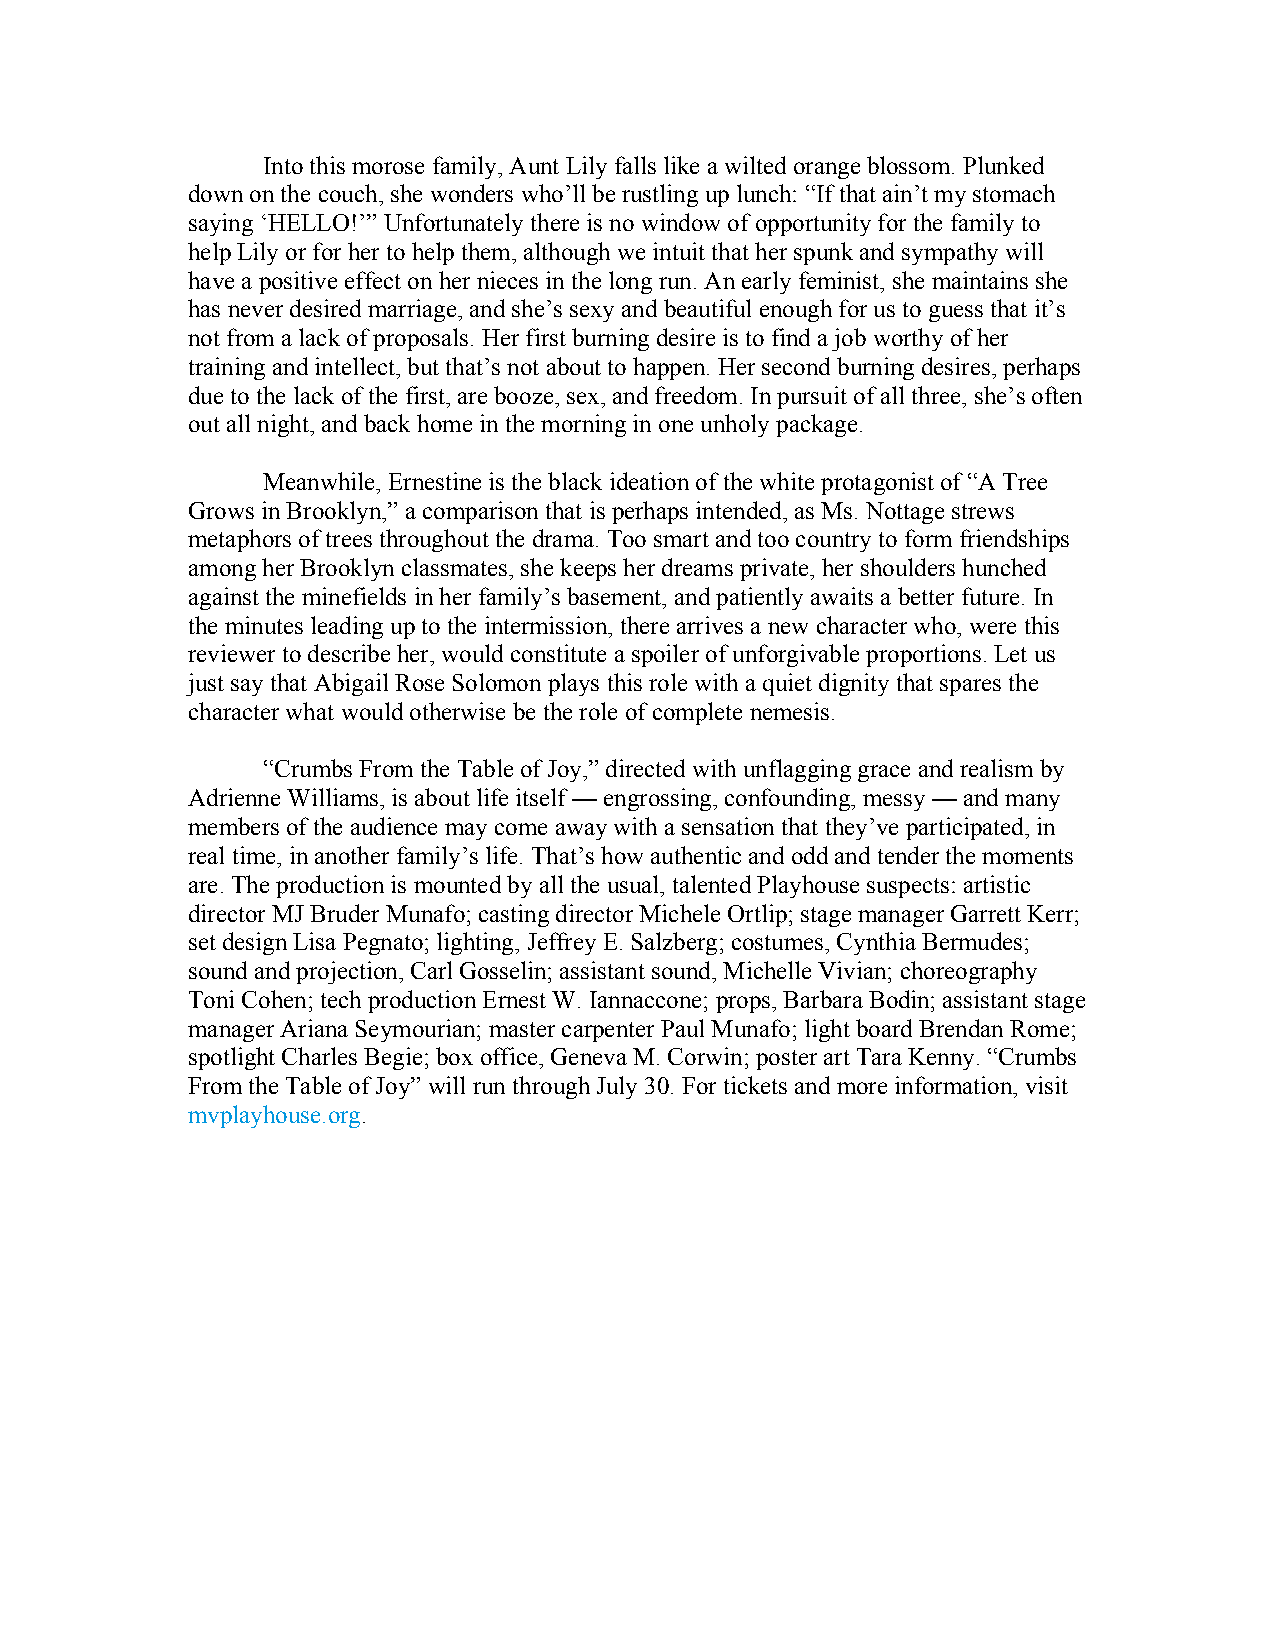
Into this morose family, Aunt Lily falls like a wilted orange blossom. Plunked
 down on the couch, she wonders who’ll be rustling up lunch: “If that ain’t my stomach
 saying ‘HELLO!’” Unfortunately there is no window of opportunity for the family to
 help Lily or for her to help them, although we intuit that her spunk and sympathy will
 have a positive effect on her nieces in the long run. An early feminist, she maintains she
 has never desired marriage, and she’s sexy and beautiful enough for us to guess that it’s
 not from a lack of proposals. Her first burning desire is to find a job worthy of her
 training and intellect, but that’s not about to happen. Her second burning desires, perhaps
 due to the lack of the first, are booze, sex, and freedom. In pursuit of all three, she’s often
 out all night, and back home in the morning in one unholy package.
 Meanwhile, Ernestine is the black ideation of the white protagonist of “A Tree
 Grows in Brooklyn,” a comparison that is perhaps intended, as Ms. Nottage strews
 metaphors of trees throughout the drama. Too smart and too country to form friendships
 among her Brooklyn classmates, she keeps her dreams private, her shoulders hunched
 against the minefields in her family’s basement, and patiently awaits a better future. In
 the minutes leading up to the intermission, there arrives a new character who, were this
 reviewer to describe her, would constitute a spoiler of unforgivable proportions. Let us
 just say that Abigail Rose Solomon plays this role with a quiet dignity that spares the
 character what would otherwise be the role of complete nemesis.
 “Crumbs From the Table of Joy,” directed with unflagging grace and realism by
 Adrienne Williams, is about life itself — engrossing, confounding, messy — and many
 members of the audience may come away with a sensation that they’ve participated, in
 real time, in another family’s life. That’s how authentic and odd and tender the moments
 are. The production is mounted by all the usual, talented Playhouse suspects: artistic
 director MJ Bruder Munafo; casting director Michele Ortlip; stage manager Garrett Kerr;
 set design Lisa Pegnato; lighting, Jeffrey E. Salzberg; costumes, Cynthia Bermudes;
 sound and projection, Carl Gosselin; assistant sound, Michelle Vivian; choreography
 Toni Cohen; tech production Ernest W. Iannaccone; props, Barbara Bodin; assistant stage
 manager Ariana Seymourian; master carpenter Paul Munafo; light board Brendan Rome;
 spotlight Charles Begie; box office, Geneva M. Corwin; poster art Tara Kenny. “Crumbs
 From the Table of Joy” will run through July 30. For tickets and more information, visit
 mvplayhouse.org.